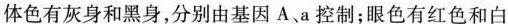
体色有灰身和黑身，分别由基因A、a控制；眼色有红色和白